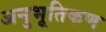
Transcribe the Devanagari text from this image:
अनुभूतिकण